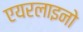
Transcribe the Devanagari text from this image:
एयरलाइनो